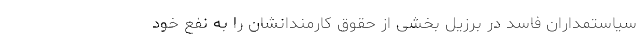
سیاستمداران فاسد در برزیل بخشی از حقوق کارمندانشان را به نفع خود